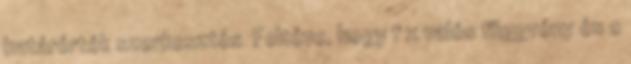
határérték szerkesztés Feltéve, hogy f x valós függvény és c